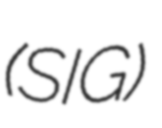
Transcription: (SIG)